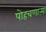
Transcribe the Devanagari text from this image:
पोहचणाऱ्या